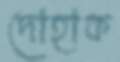
দোহাক